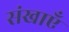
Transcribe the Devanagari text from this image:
संखाएँ